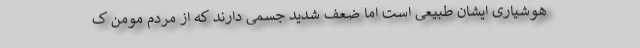
هوشیاری ایشان طبیعی است اما ضعف شدید جسمی دارند که از مردم مومن ک